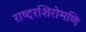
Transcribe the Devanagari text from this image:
राष्ट्रशिरोमणि